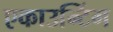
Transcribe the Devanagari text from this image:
एकाउन्टिंग